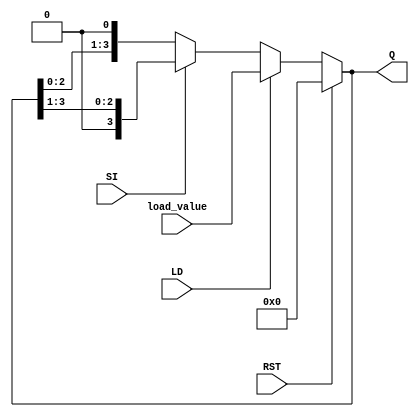
module async_shift_counter (
    input wire [3:0] load_value, // The value to load into the counter
    input wire SI,               // Shift Input: 1 for right shift, 0 for left shift
    input wire LD,               // Load Input
    input wire RST,              // Reset Input
    output reg [3:0] Q           // Counter output
);

// Always block for synchronous behavior based on input signals
always @(*) begin
    if (RST) begin
        // Reset the counter to zero
        Q = 4'b0000;
    end else if (LD) begin
        // Load the specified value into the counter
        Q = load_value;
    end else begin
        // Shift operation
        if (SI) begin
            // Right shift
            Q = {1'b0, Q[3:1]}; // Shift right and insert 0 at MSB
        end else begin
            // Left shift
            Q = {Q[2:0], 1'b0}; // Shift left and insert 0 at LSB
        end
    end
end

endmodule